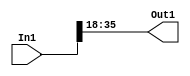
module velocityControlHdl_Maintain_Range
          (
           In1,
           Out1
          );


  input   signed [35:0] In1;  // sfix36_En33
  output  signed [17:0] Out1;  // sfix18_En15


  wire signed [17:0] Data_Type_Conversion_out1;  // sfix18_En15


  // <S11>/Data Type Conversion
  assign Data_Type_Conversion_out1 = In1[35:18];



  assign Out1 = Data_Type_Conversion_out1;

endmodule